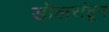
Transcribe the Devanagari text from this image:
डॉलरांहून